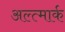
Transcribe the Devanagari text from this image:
अल्त्मार्क